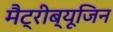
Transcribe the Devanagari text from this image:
मैट्रीब्यूजिन